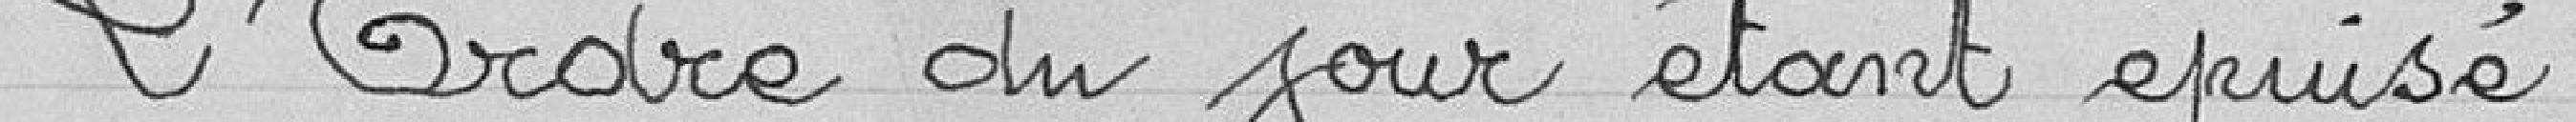
L'ordre du jour étant épuisé